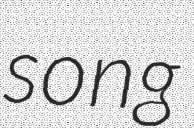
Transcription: song